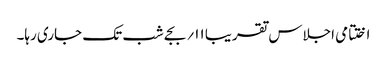
اختتامی اجلاس تقریبا ۱۱؍ بجے شب تک جاری رہا۔